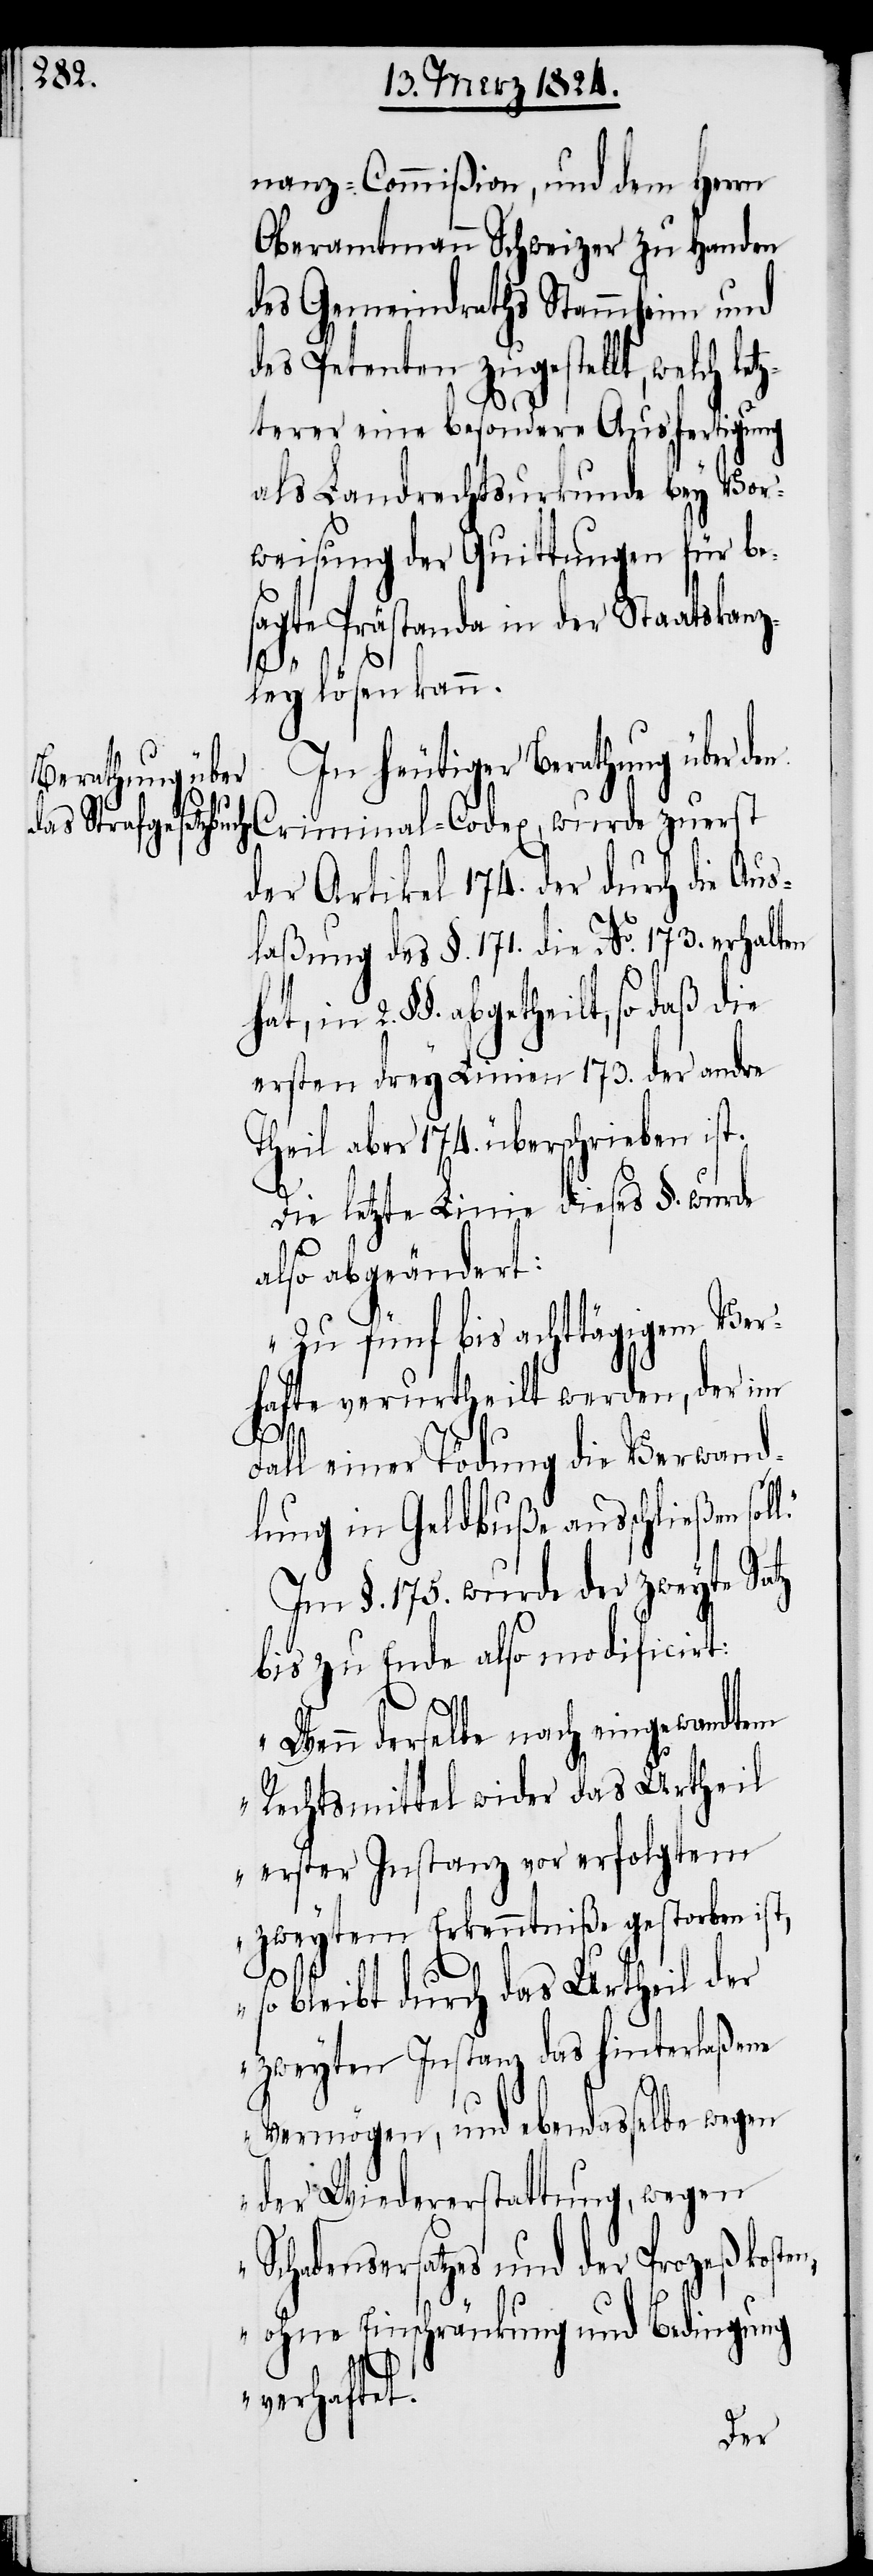
nanz-Commißion, und dem Herrn
Oberamtmann Schweizer zu Handen
des Gemeindraths Stammheim und
des Petenten zugestellt, welch let¬
zterer eine besondere Ausfertigung
als Landrechtsurkunde bey Vor¬
weisung der Quittungen für be¬
sagte Prästanda in der Staatskanz¬
ley lösen kann.
In heutiger Berathung über den
Criminal-Codex, wurde zuerst
der Artikel 174. der durch die Aus¬
laßung des §. 171. die No. 173. erhalten
in 2. §§. abgetheilt, so daß die
ersten drey Linien 173. der andre
Theil aber 174. überschrieben ist.
Die letzte Linie dieses §. wurde
also abgeändert:
„Zu fünf bis achttägigem Ver¬
hafte verurtheilt werden, der im
ll.“
Fall einer Tödung die Verwand¬
lung in Geldbuße ausschließen so¬
Im §. 175. wurde der zweyte Satz
bis zu Ende also modificirt:
„Wenn derselbe nach eingesandten
Rechtsmittel wider das Urtheil
erster Instanz vor erfolgtem
zweyten Erkenntniße gestorben ist,
so bleibt durch das Urtheil der
zweyten Instanz das hinterlaßene
Vermögen, und ebendasselbe wegen
der Wiederauferstattung, wegen
Schadensersatzes und der Prozeßkosten,
ohne Einschränkung und Bedingung
verhaftet.“